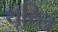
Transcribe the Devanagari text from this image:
यूरिल